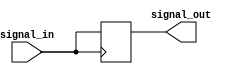
module timing_control_and_synchronization (
    input wire signal_in,
    output reg signal_out
);

reg delay1, delay2;

initial begin
    delay1 = 1'b0;
    delay2 = 1'b0;
end

always @ (posedge signal_in) begin
    #1 delay1 = signal_in;
    #1 delay2 = delay1;
    signal_out <= delay2;
end

endmodule